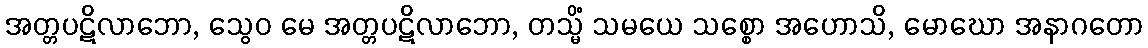
အတ္တပဋိလာဘော, သွေဝ မေ အတ္တပဋိလာဘော, တသ္မိံ သမယေ သစ္စော အဟောသိ, မောဃော အနာဂတော